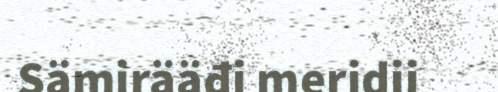
Sämirääđi meridii